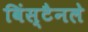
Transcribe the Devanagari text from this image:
विंस्टैनले